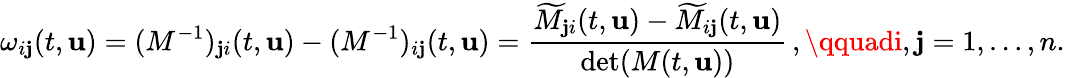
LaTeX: \omega_{i\mathbf{j}}(t,{\mathbf{{u}}})=(M^{-1})_{\mathbf{j}i}(t,{\mathbf{{u}}})-(M^{-1})_{i\mathbf{j}}(t,{\mathbf{{u}}})=\frac{{\widetilde{{M}}_{\mathbf{j}i}(t,{\mathbf{{u}}})-\widetilde{{M}}_{i\mathbf{j}}(t,{\mathbf{{u}}})}}{{\operatorname*{det}(M(t,{\mathbf{{u}}}))}}\, ,\qquadi,\mathbf{j}=1,\dots,n.